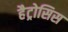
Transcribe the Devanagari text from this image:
हैट्रोसिस